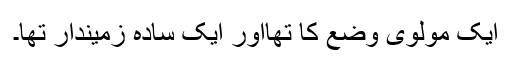
ایک مولوی وضع کا تھااور ایک سادہ زمیندار تھا۔